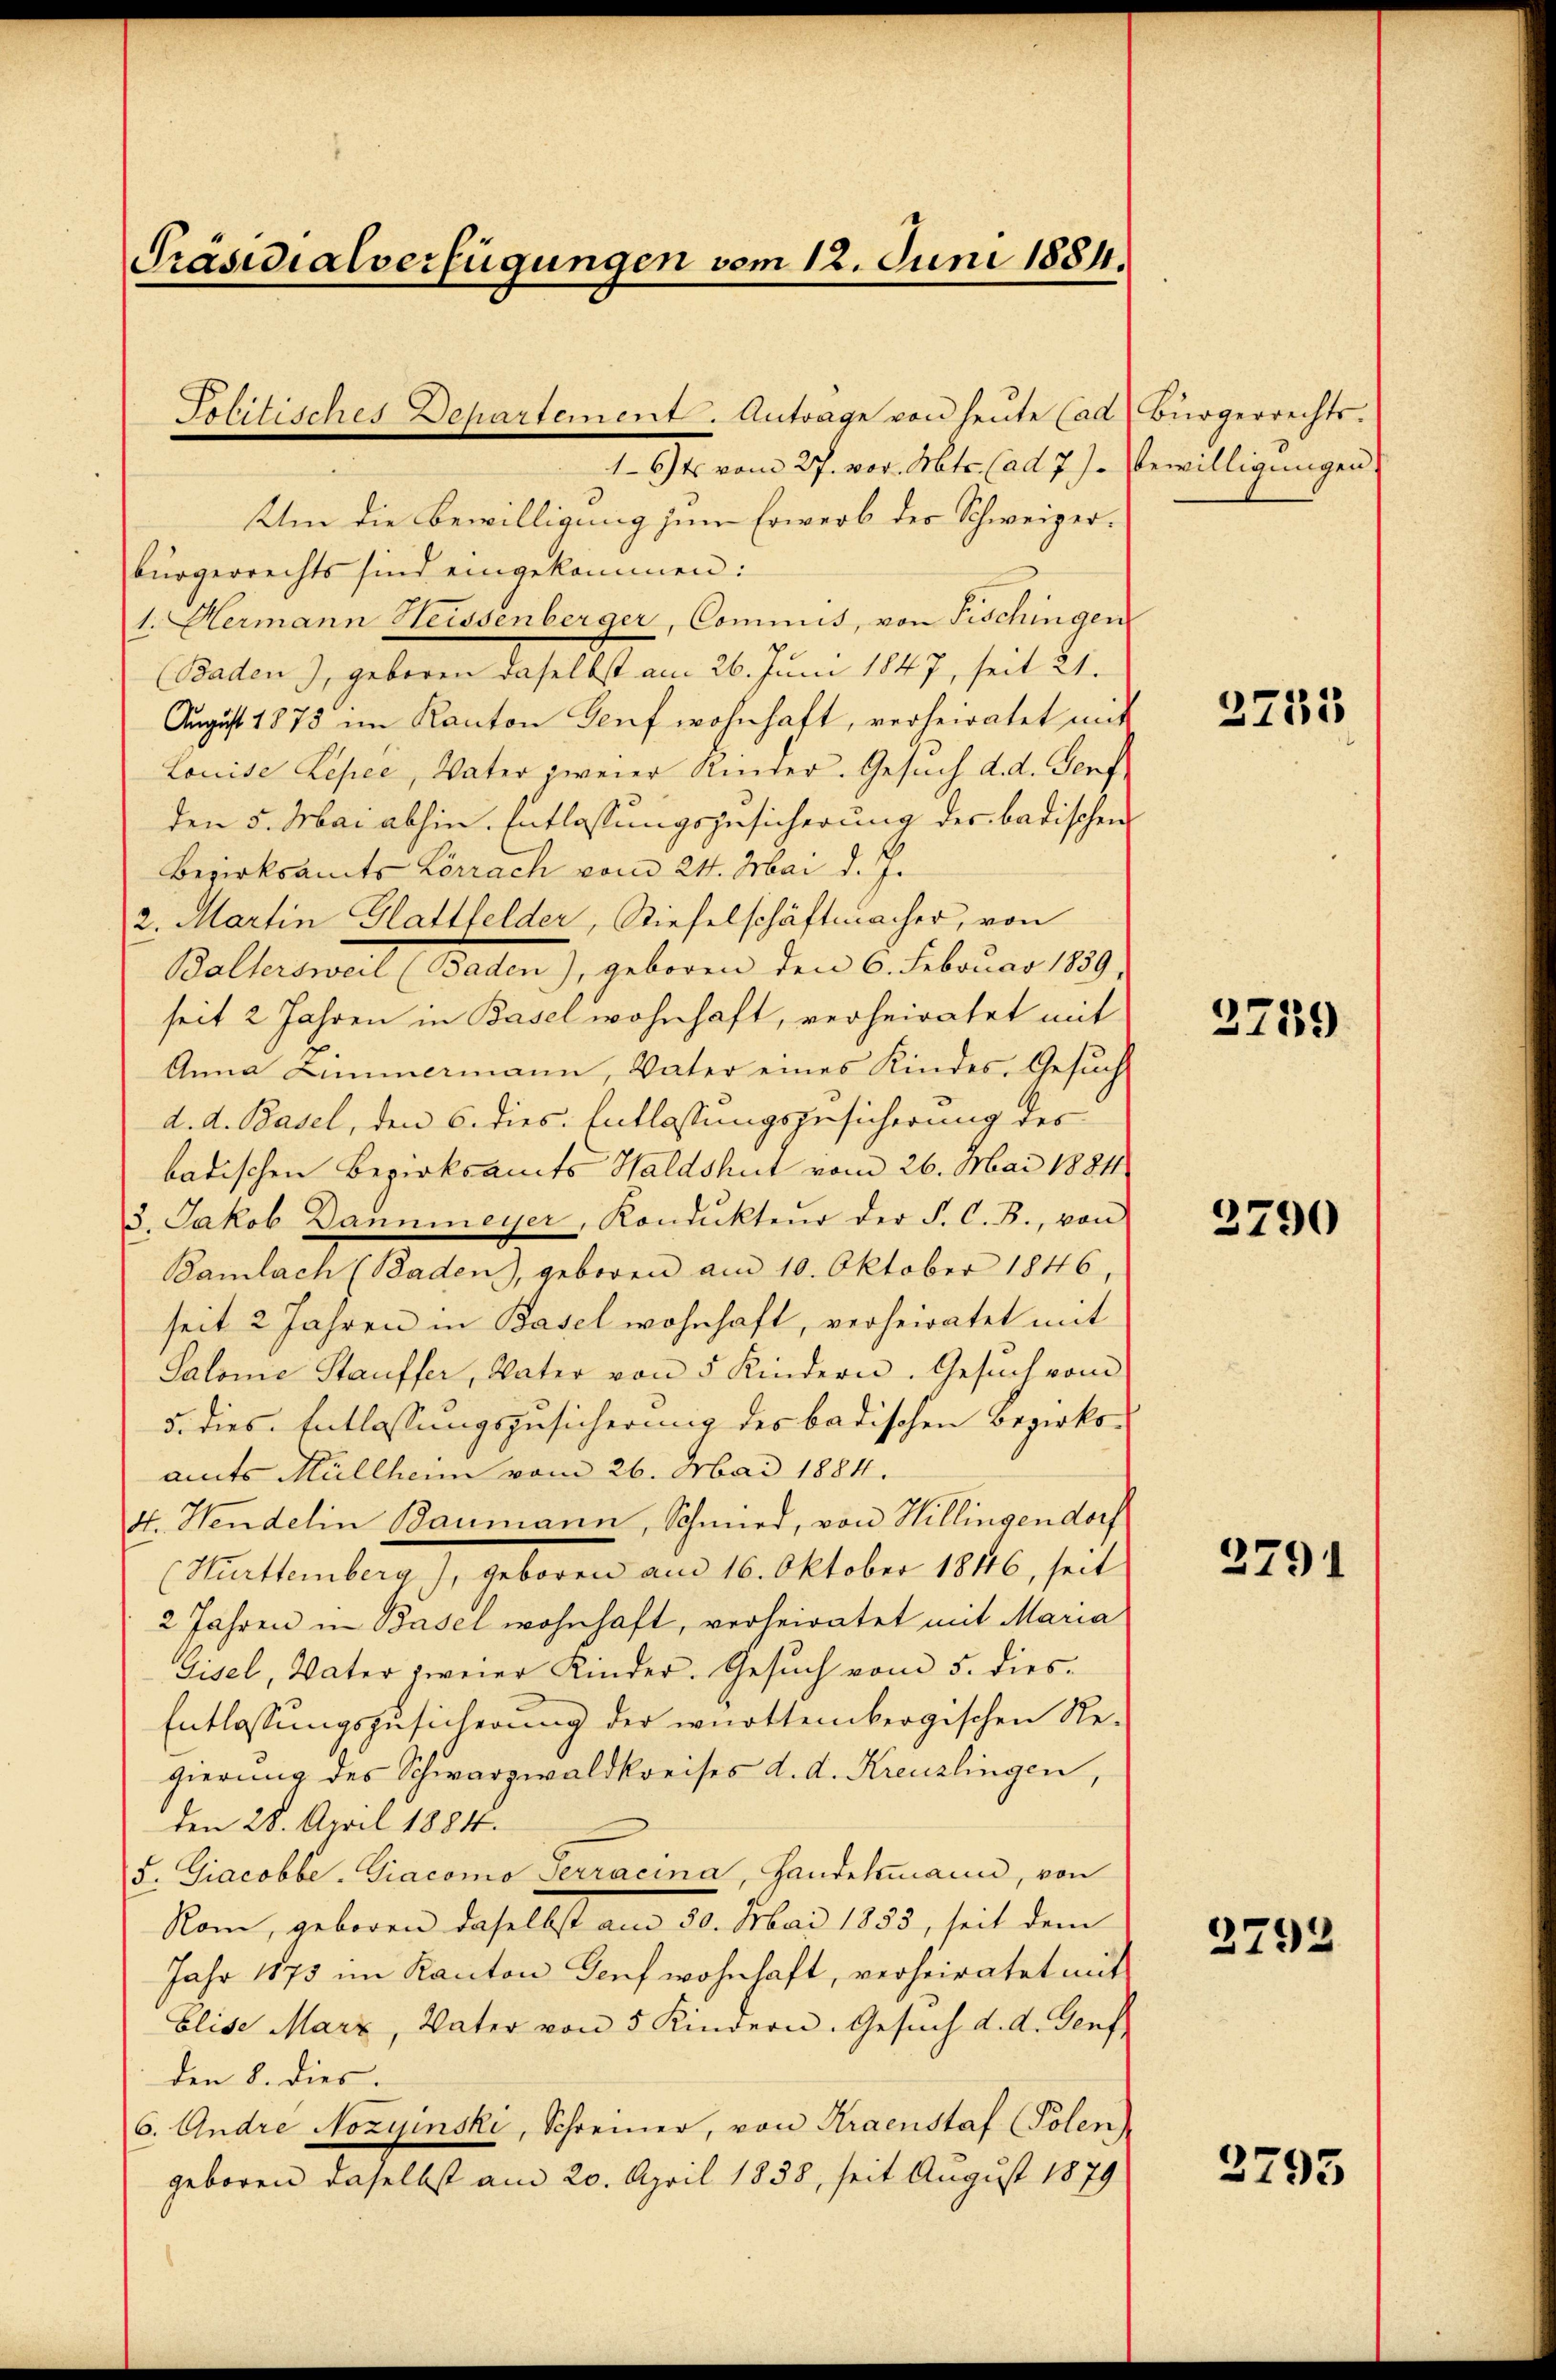
Präsidialverfügungen vom 12. Juni 1884.

Lohitisches Departement. Antrage von heŭte (ad Bürgerrechts.
1. Gr. vom 27. vor. Mts. (ad 7. J. bewilligungen
Um die Bewilligung zum Erwerb der Schweizerbürgerrechts sind eingekommen:
1. Hermann Heissenberger, Commis, von Fischingen
(Baden), geboren daselbst am 26. Juni 1847, seit 21.
August 1873 im Kanton Genf wohnhaft, verheiratet mit
Louise Repee, Vater zweier Kinder. Gesuch d. d. Genf
den 5. Mai abhin. Entlassungszusicherung des badischen
Bezirksamts Lörrach vom 21. Mai d. J.
2. Martin Glattfelder, Stiefelschaftmacher, von
Baltersweil (Baden), geboren den 6. Februar 1859,
seit 2 Jahren in Basel wohnhaft, verheiratet mit
Anna Limmermann, Vater eines Kindes. Gesuch
d. d. Basel, den 6. dies. Entlassungszusicherung des
badischen Bezirksamts Waldshut vom 26. Mai 1884
3. Jakob Dannmeyer, Kondukteŭr der P. C. B., von
Bamlach (Baden), geboren am 10. Oktober 1846,
seit 2 Jahren in Basel wohnhaft, verheiratet mit
Salone Stauffer, Vater von 5 Kindern. Gesŭch vom
5. dies Entlassungszusicherung des badischen Bezirks-
amts Müllheim vom 26. Mai 1884.
4. Wendelin Baumann, Schmied, von Hillingendorf
(Württemberg), geboren am 16. Oktober 1846, seit
2 Jahren in Basel wohnhaft, verheiratet mit Maria
Gisel, Vater zweier Kinder. Gesuch vom 5. dies¬
Entlassungszusicherung der württembergischen Re-
gierung des Schwarzwaldkreises d. d. Kreuzlingen,
den 28. April 1884.
5. Giacobbe, Diacomo Terracina, Handelmann, von
Nom, geboren daselbst am 30. Mai 1835, seit dem
Jahr 1873 im Kanton Genf wohnhaft, verheiratet mit
Elise Marx, Vater von 5 Kindern. Gesuch d. d. Genf
den 8. dies.
6. Andre Nozyinski, Schreiner, von Kraenstaf (Polen
geboren daselbst am 20. April 1858, seit August 1879

2733

2759

3790

2791

2793

3795